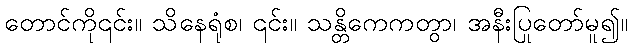
တောင်ကို၎င်း။ သိနေရုံစ၊ ၎င်း။ သန္တိကေကတွာ၊ အနီးပြုတော်မူ၍။